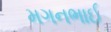
મગનભાઈ